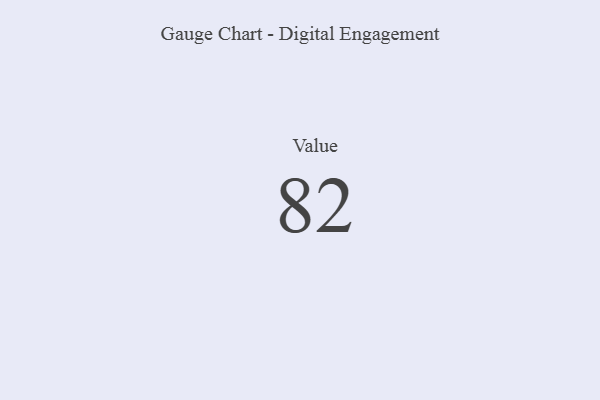
{"axis": {"x": "Metric", "y": "Value"}, "legend": [""], "data": [{"x": "Value", "y": 82, "type": ""}]}